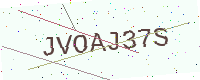
Text: JVOAJ37S